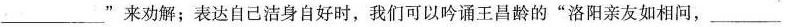
___” 来劝解；表达自己洁身自好时，我们可以吟诵王昌龄的“洛阳亲友如相间，___。